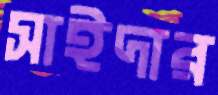
সাইদার